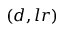
( d , l r )